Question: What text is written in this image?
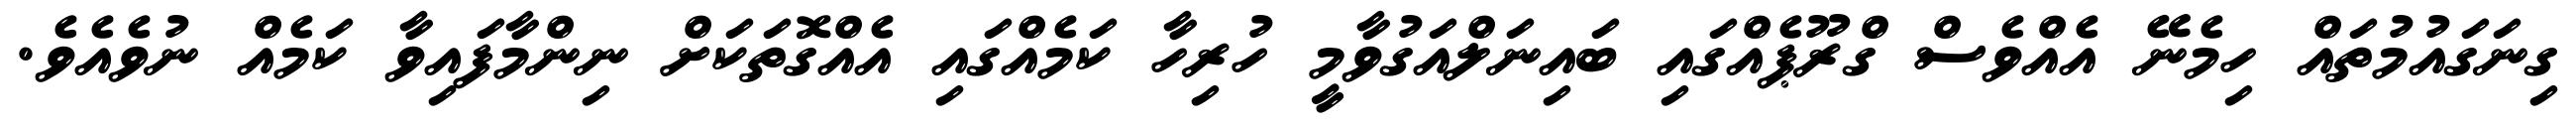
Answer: ގިނަގައުމުތައް ހިމެނޭ އެއްވެސް ގްރޫޕެއްގައި ބައިނަލްއަގުވާމީ ހުރިހާ ކަމެއްގައި އެއްގޮތަކަށް ނިންމާފައިވާ ކަމެއް ނުވެއެވެ.